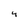
Character: 4